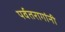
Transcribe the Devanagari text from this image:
पर्वतरागांनी